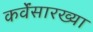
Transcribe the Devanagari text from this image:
कर्वेंसारख्या